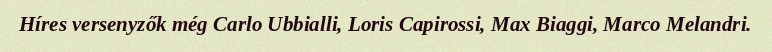
Híres versenyzők még Carlo Ubbialli, Loris Capirossi, Max Biaggi, Marco Melandri.